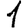
Digit: 1